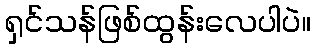
ရှင်သန်ဖြစ်ထွန်းလေပါပဲ။